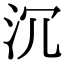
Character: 沉